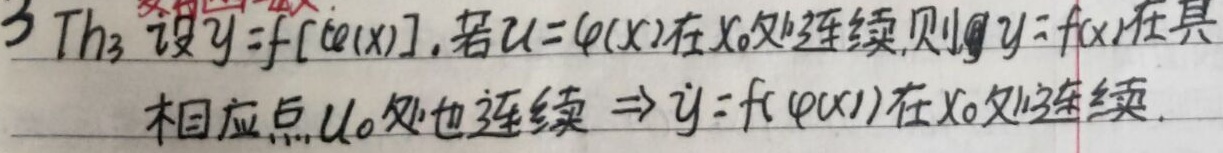
Th₃ 设 \(y = f[\varphi(x)]\) 。若 \(u = \varphi(x)\) 在 \(x_0\) 处连续，则 \(y = f(u)\) 在其相应点 \(u_0\) 处也连续 \(\Rightarrow y = f(\varphi(x))\) 在 \(x_0\) 处连续。